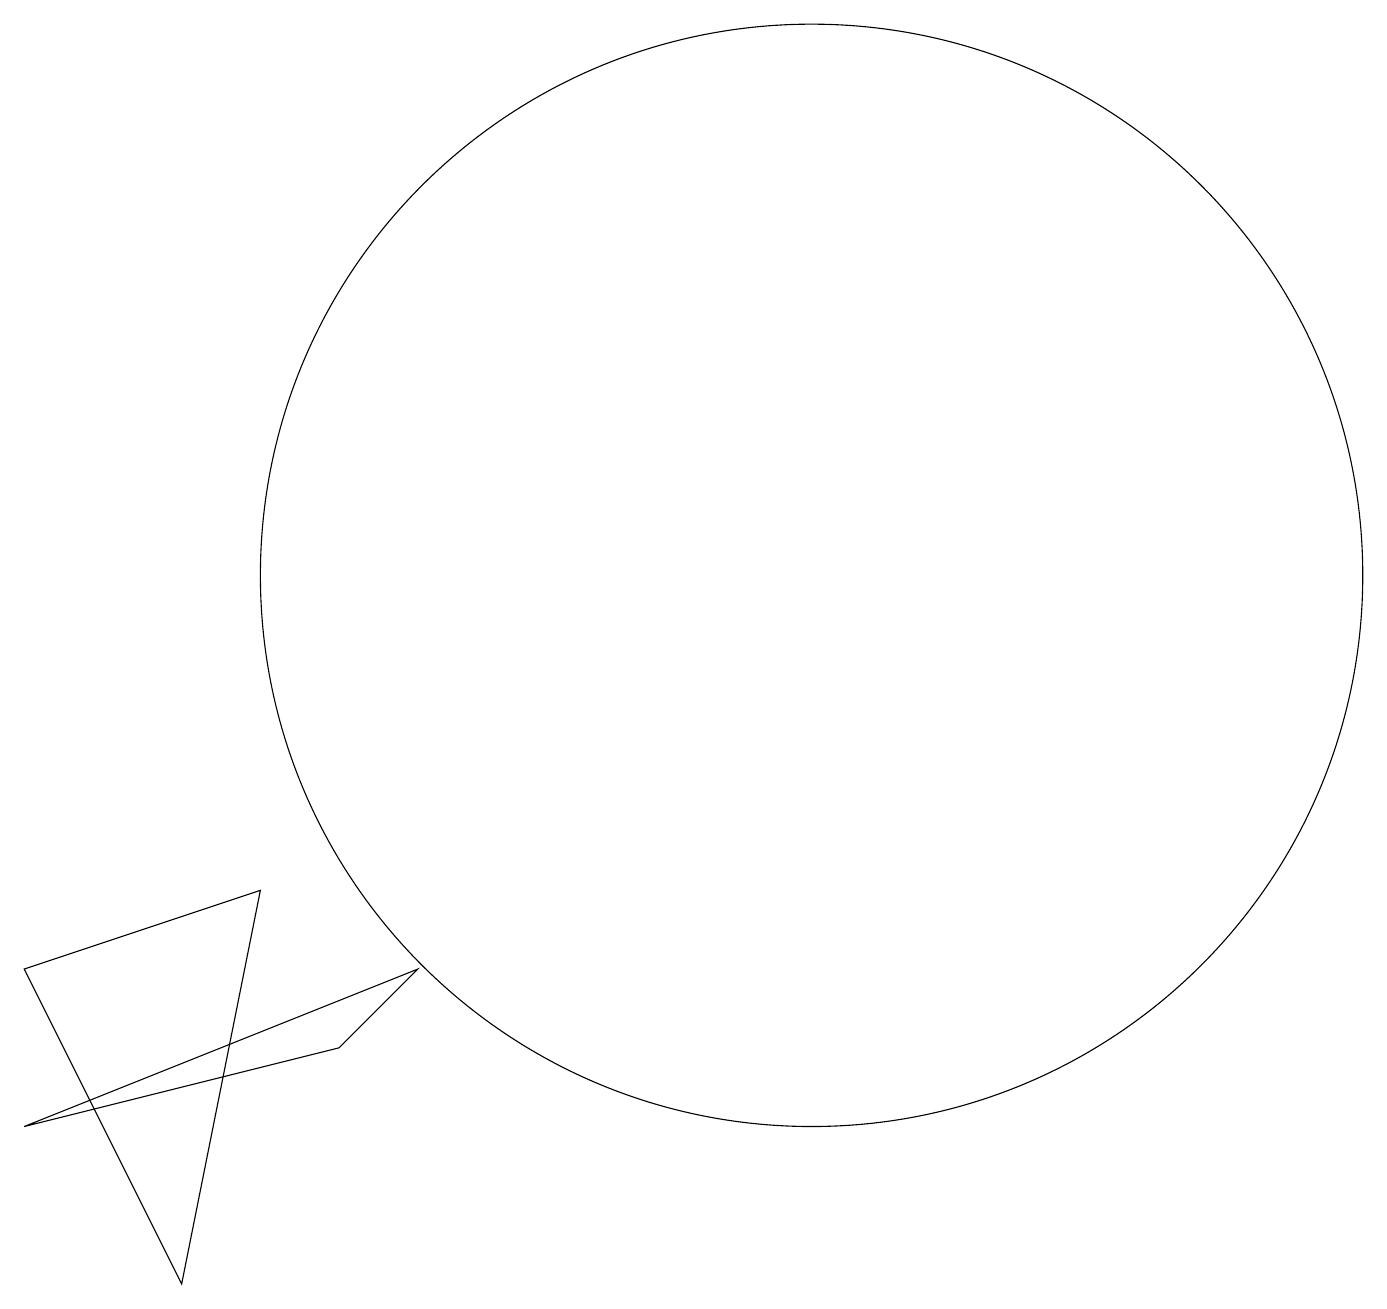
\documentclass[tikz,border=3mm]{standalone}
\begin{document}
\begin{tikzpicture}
\draw (4,6) -- (1,5) -- (3,1) -- cycle;
\draw (6,5) -- (5,4) -- (1,3) -- cycle;
\draw (11,10) circle (7);
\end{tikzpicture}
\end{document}